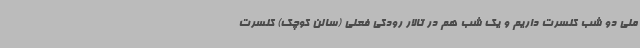
ملی دو شب کنسرت داریم و یک شب هم در تالار رودکی فعلی (سالن کوچک) کنسرت